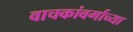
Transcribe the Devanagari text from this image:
वाचकांवर्गाच्या